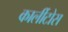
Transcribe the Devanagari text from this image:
कार्लीटोस